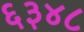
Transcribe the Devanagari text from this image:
६३४८